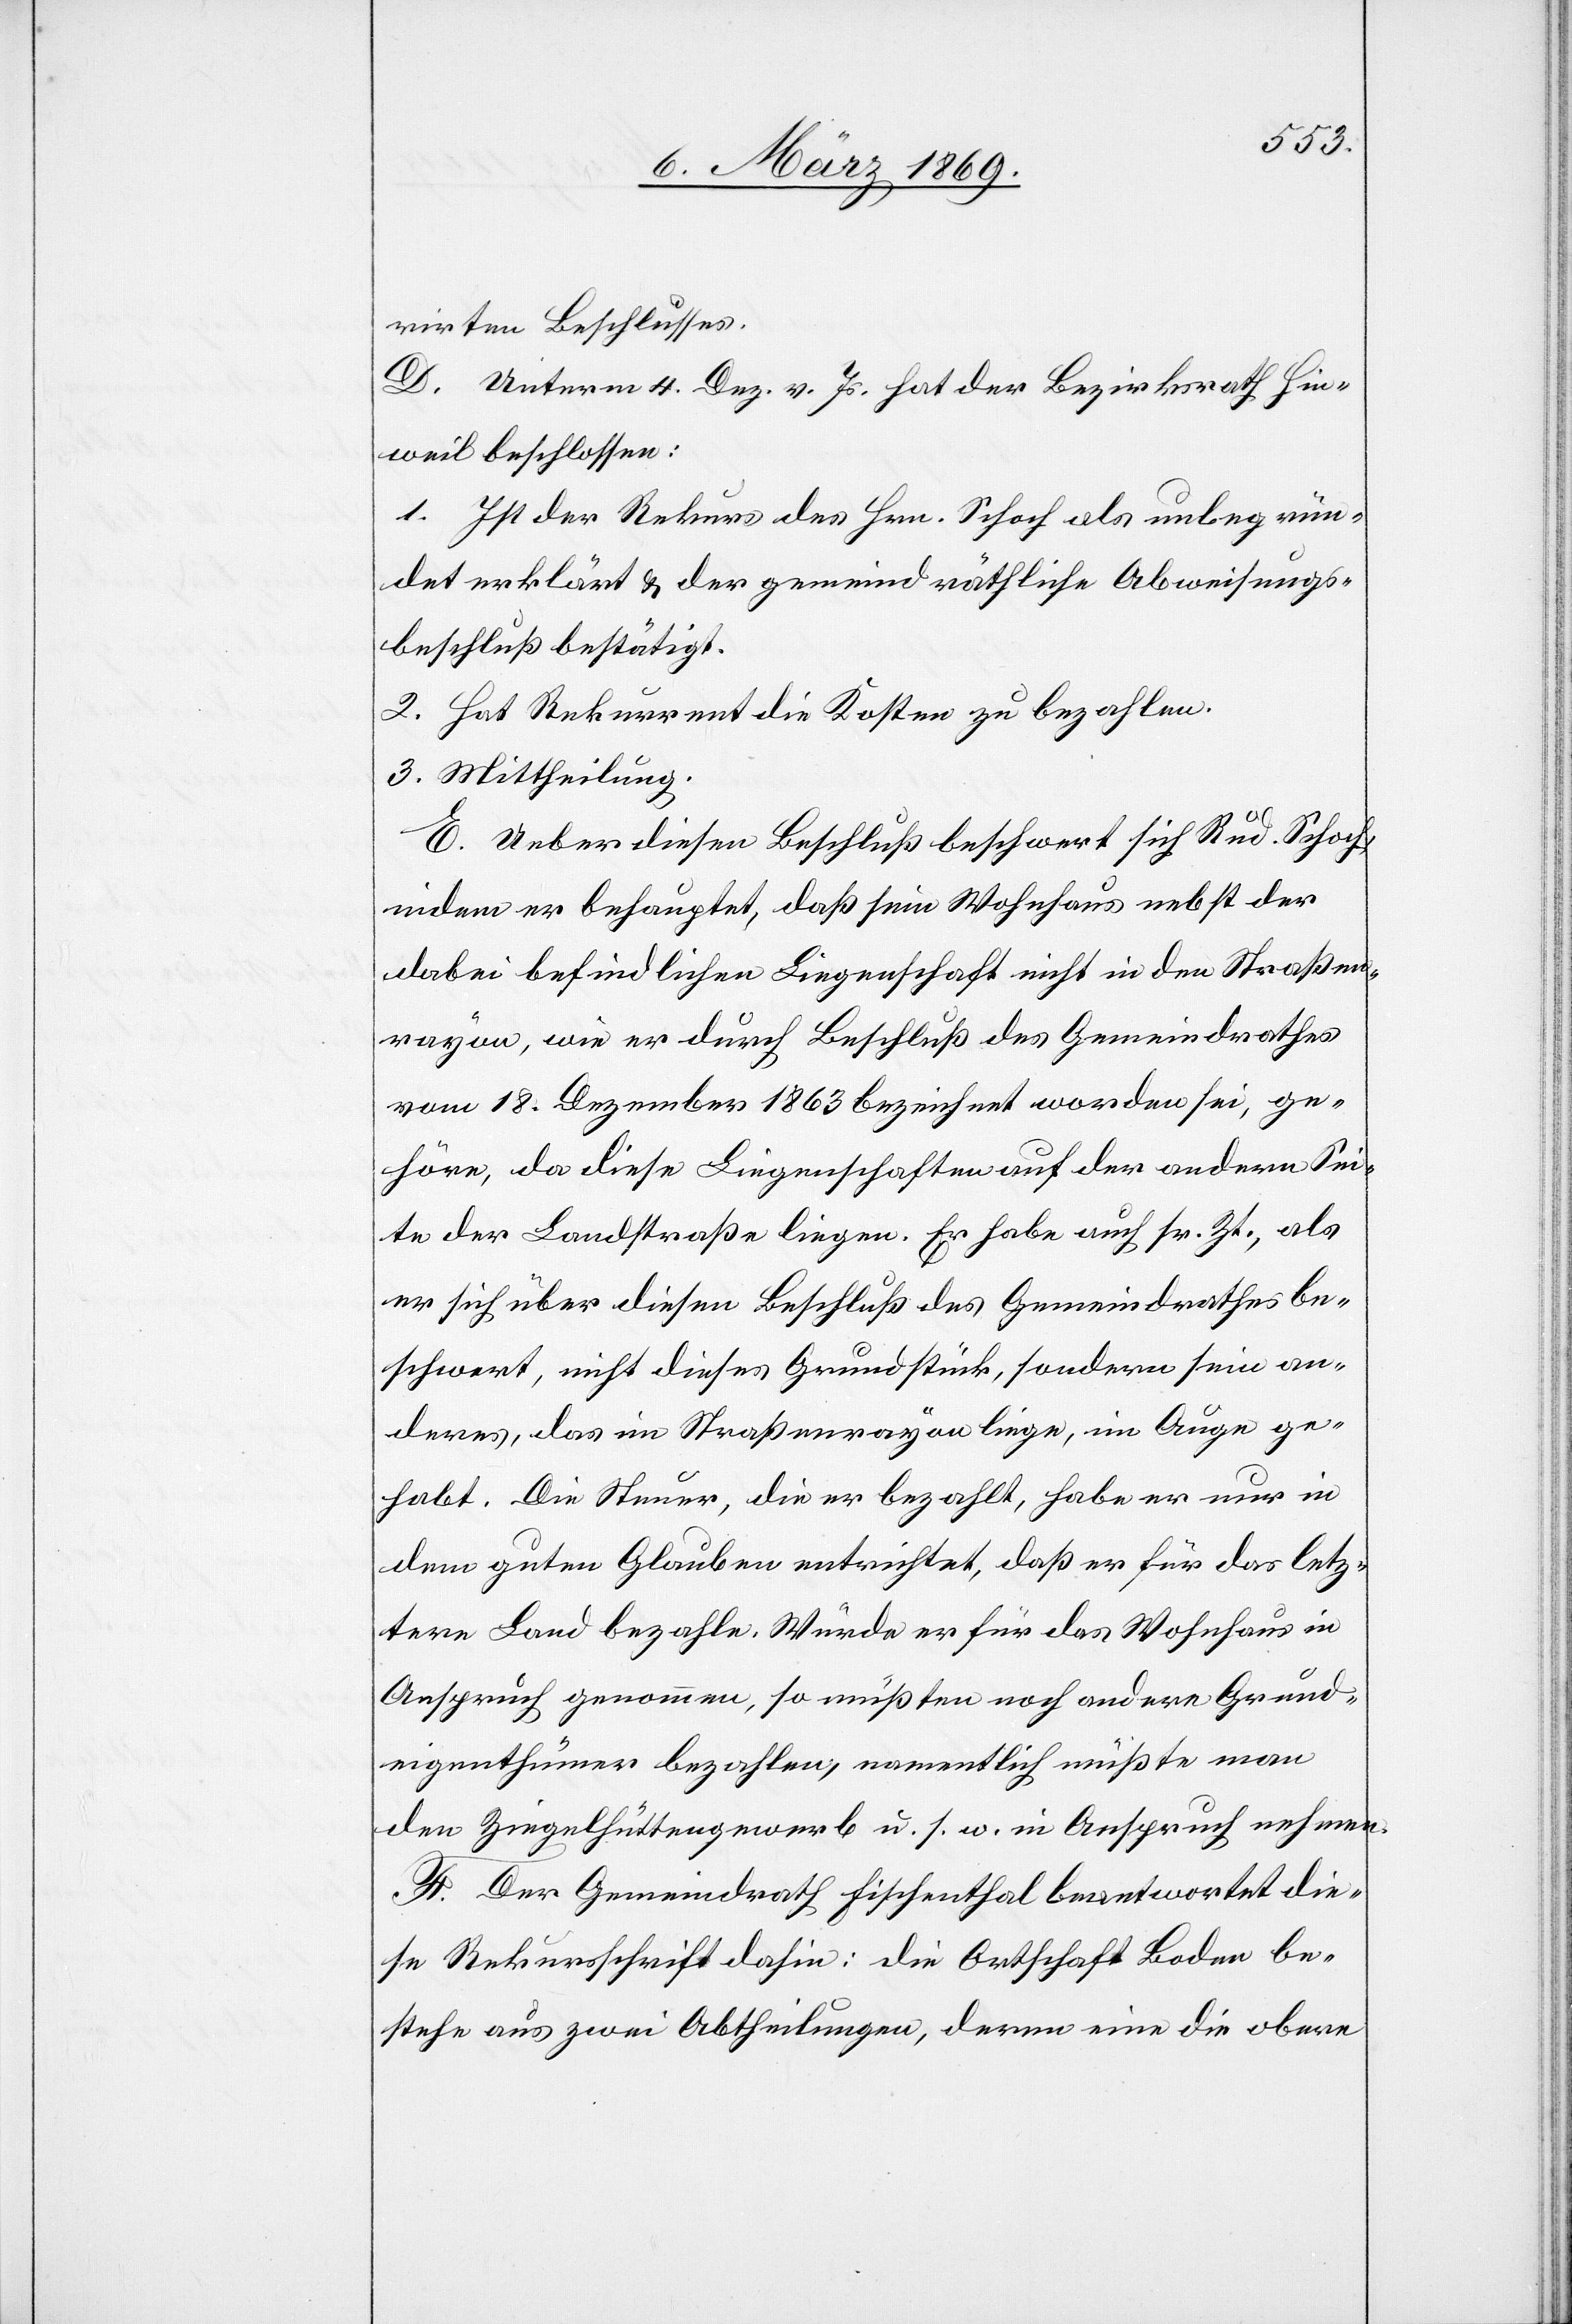
rirten Beschlusses.
D. Unterm 4. Dez. v. Js. hat der Bezirksrath Hin¬
weil beschlossen:
1. Ist der Rekurs des Hrn. Schoch als unbegrün¬
det erklärt & der gemeindräthliche Abweisungs¬
beschluß bestätigt.
2. Hat Rekurrent die Kosten zu bezahlen.
3. Mittheilung.
E. Ueber diesen Beschluß beschwert sich Rud. Schoch,
indem er behauptet, daß sein Wohnhaus nebst der
dabei befindlichen Liegenschaft nicht in den Straßen¬
rayon, wie er durch Beschluß des Gemeindrathes
vom 18. Dezember 1863 bezeichnet worden sei, ge¬
höre, da diese Liegenschaften auf der andern Sei¬
te der Landstrasse liegen. Er habe auch sr. Zt., als
er sich über diesen Beschluß des Gemeindrathes be¬
schwert, nicht dieses Grundstück, sondern sein an¬
deres, das im Straßenrayon liege, im Auge ge¬
habt. Die Steuer, die er bezahlt, habe er nur in
dem guten Glauben entrichtet, daß er für das letz¬
tere Land bezahle. Würde er für das Wohnhaus in
Anspruch genommen, so müßten noch andere Grund¬
eigenthümer bezahlen, namentlich müßte man
den Ziegelhüttengewerb & s. w. in Anspruch nehmen.
F. Der Gemeindrath Fischenthal beantwortet die¬
se Rekursschrift dahin: Die Ortschaft Boden be¬
stehe aus zwei Abtheilungen, deren eine die obere